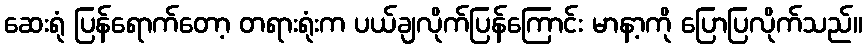
ဆေးရုံ ပြန်ရောက်တော့ တရားရုံးက ပယ်ချလိုက်ပြန်ကြောင်း မာနာ့ကို ပြောပြလိုက်သည်။